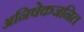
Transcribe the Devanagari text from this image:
अनिषेकजनित